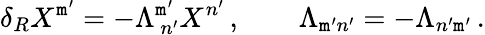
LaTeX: \delta_{R}X^{\mathtt{m}^{\prime}}=-\Lambda_{\ n^{\prime}}^{\mathtt{m}^{\prime}}X^{n^{\prime}}\, ,\qquad\Lambda_{\mathtt{m}^{\prime}n^{\prime}}=-\Lambda_{n^{\prime}\mathtt{m}^{\prime}}\, .